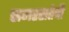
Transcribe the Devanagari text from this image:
समरसतेची